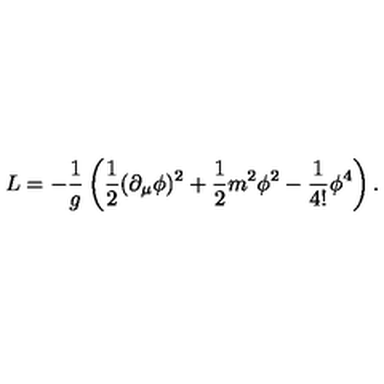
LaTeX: L = - \frac { 1 } { g } \left( \frac { 1 } { 2 } ( \partial _ { \mu } \phi ) ^ { 2 } + \frac 1 2 m ^ { 2 } \phi ^ { 2 } - \frac { 1 } { 4 ! } \phi ^ { 4 } \right) .